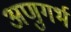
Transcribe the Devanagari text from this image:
अणुगर्भ